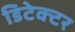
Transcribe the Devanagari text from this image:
डिटेक्‍टर